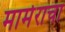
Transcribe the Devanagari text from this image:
मार्मराचा